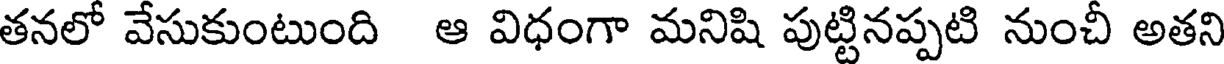
తనలో వేసుకుంటుంది ఆ విధంగా మనిషి పుట్టినప్పటి నుంచీ అతని